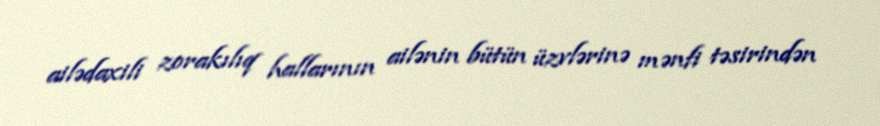
ailədaxili zorakılıq hallarının ailənin bütün üzvlərinə mənfi təsirindən